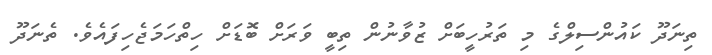
ތިނަދޫ ކައުންސިލްގެ މި ތަރުހީބަށް ޒުވާނުން ތިބީ ވަރަށް ބޮޑަށް ހިތްހަމަޖެހިފައެވެ. ތެނަދޫ